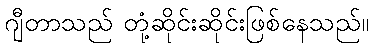
ဂျီတာသည် တုံ့ဆိုင်းဆိုင်းဖြစ်နေသည်။